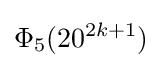
\Phi _{5}(20^{2k+1})